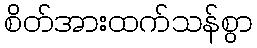
စိတ်အားထက်သန်စွာ